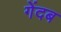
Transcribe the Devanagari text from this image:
गेंदब